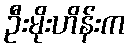
ဦးမိုးဟိန်းက